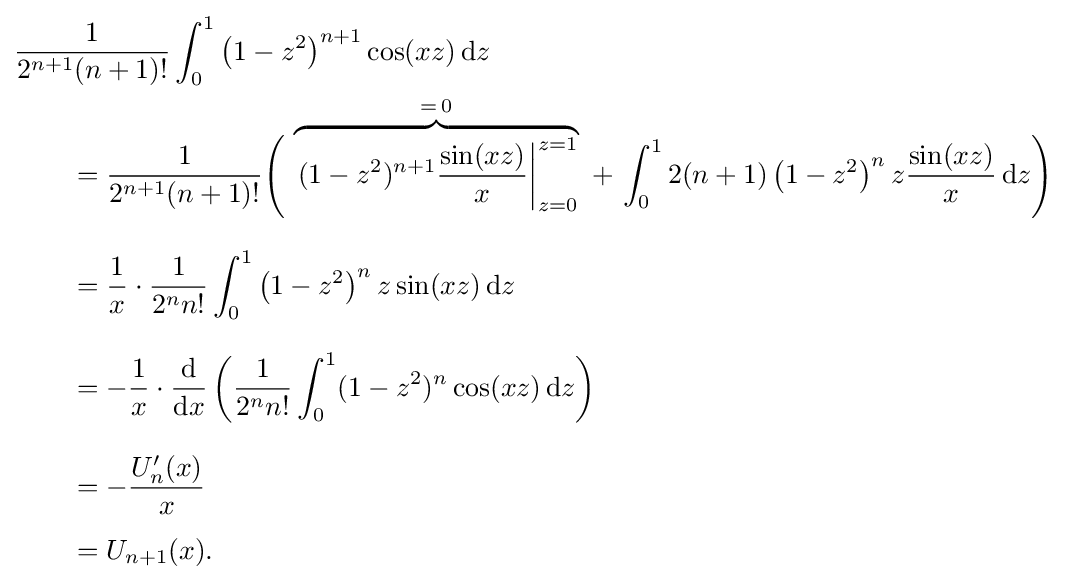
{\begin{aligned}&{\frac {1}{2^{n+1}(n+1)!}}\int _{0}^{1}\left(1-z^{2}\right)^{n+1}\cos(xz)\,\mathrm {d} z\\&\qquad ={\frac {1}{2^{n+1}(n+1)!}}{\Biggl (}\,\overbrace {\left.(1-z^{2})^{n+1}{\frac {\sin(xz)}{x}}\right|_{z=0}^{z=1}} ^{=\,0}\ +\,\int _{0}^{1}2(n+1)\left(1-z^{2}\right)^{n}z{\frac {\sin(xz)}{x}}\,\mathrm {d} z{\Biggr )}\\[8pt]&\qquad ={\frac {1}{x}}\cdot {\frac {1}{2^{n}n!}}\int _{0}^{1}\left(1-z^{2}\right)^{n}z\sin(xz)\,\mathrm {d} z\\[8pt]&\qquad =-{\frac {1}{x}}\cdot {\frac {\mathrm {d} }{\mathrm {d} x}}\left({\frac {1}{2^{n}n!}}\int _{0}^{1}(1-z^{2})^{n}\cos(xz)\,\mathrm {d} z\right)\\[8pt]&\qquad =-{\frac {U_{n}'(x)}{x}}\\[4pt]&\qquad =U_{n+1}(x).\end{aligned}}